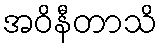
အဝိနီတာသိ